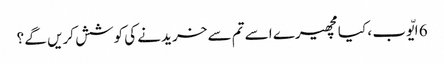
6 ایّوب ، کیا مچھیرے اسے تم سے خریدنے کی کوشش کریں گے ؟